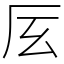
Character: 㕄